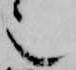
也